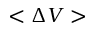
< \Delta V >